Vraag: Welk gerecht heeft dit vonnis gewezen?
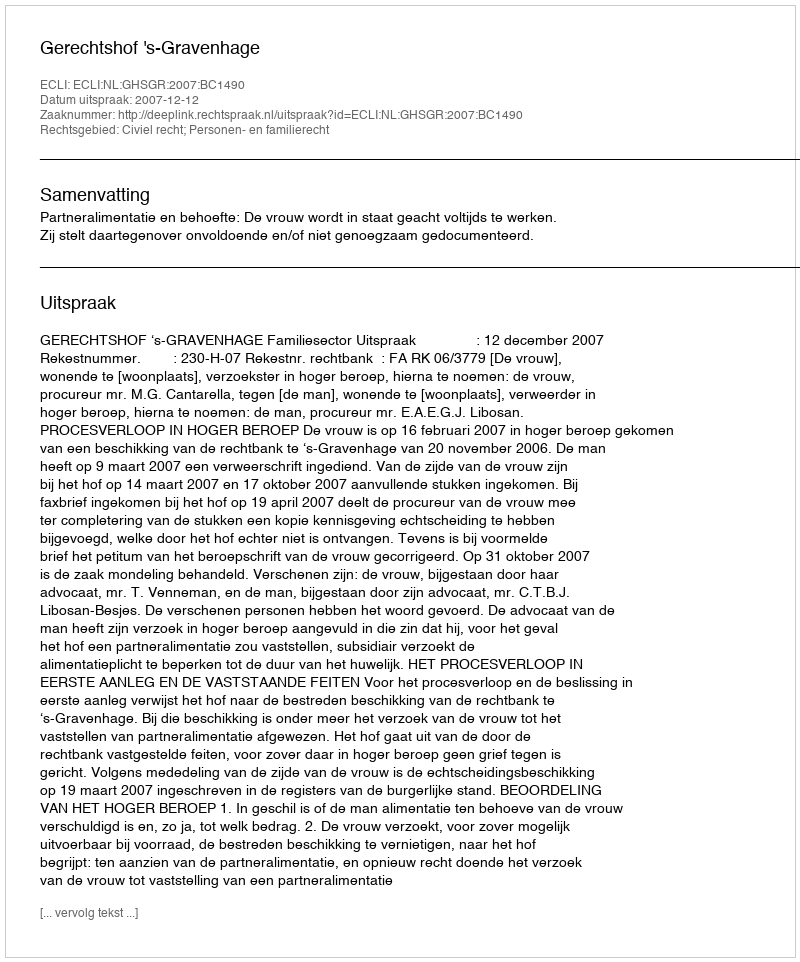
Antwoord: Gerechtshof 's-Gravenhage